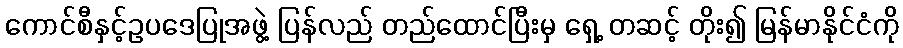
ကောင်စီနှင့်ဥပဒေပြုအဖွဲ့ ပြန်လည် တည်ထောင်ပြီးမှ ရှေ့ တဆင့် တိုး၍ မြန်မာနိုင်ငံကို